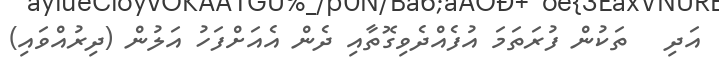
އަދި   ތަކުން ފުރަތަމަ އުފެއްދެވިގޮތާއި ދެން އެއަށްފަހު އަލުން (ދިރުއްވައި)